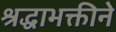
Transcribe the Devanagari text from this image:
श्रद्धाभक्तीने